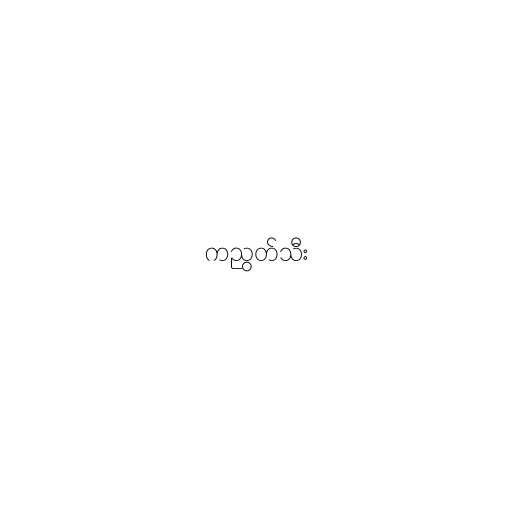
ကညွတ်သီး